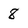
Character: 8